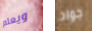
ويعلم جواد